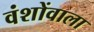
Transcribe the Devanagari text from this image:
वंशोंवाला